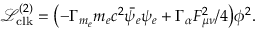
\mathcal { L } _ { \mathrm { c l k } } ^ { ( 2 ) } = { \left( - \Gamma _ { m _ { e } } m _ { e } c ^ { 2 } \bar { \psi _ { e } } \psi _ { e } + \Gamma _ { \alpha } F _ { \mu \nu } ^ { 2 } / 4 \right) } \phi ^ { 2 } .